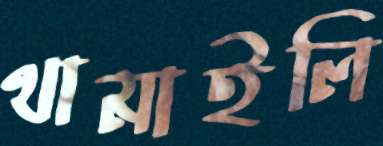
থামাইলি